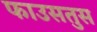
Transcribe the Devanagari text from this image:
फाउसतुस